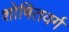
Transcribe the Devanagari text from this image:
शोषितवर्ग